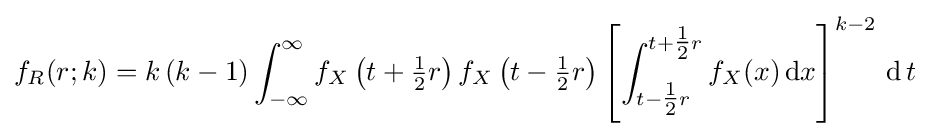
f_{R}(r;k)=k\,(k-1)\int _{-\infty }^{\infty }f_{X}\left(t+{\tfrac {1}{2}}r\right)f_{X}\left(t-{\tfrac {1}{2}}r\right)\left[\int _{t-{\tfrac {1}{2}}r}^{t+{\tfrac {1}{2}}r}f_{X}(x)\,\mathrm {d} x\right]^{k-2}\,\mathrm {d} \,t